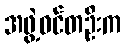
အဖွဲ့ဝင်တဦးက